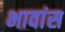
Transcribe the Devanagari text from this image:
भावांस